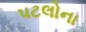
પટલોના